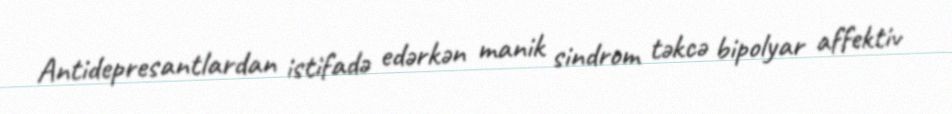
Antidepresantlardan istifadə edərkən manik sindrom təkcə bipolyar affektiv